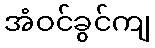
အံဝင်ခွင်ကျ